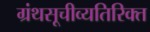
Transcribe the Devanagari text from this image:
ग्रंथसूचीव्यतिरिक्त